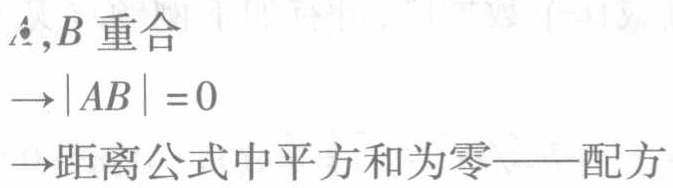
$A,B\text{ 重合} \\
\to|AB| = 0 \\
\to\text{距离公式中平方和为零——配方}$